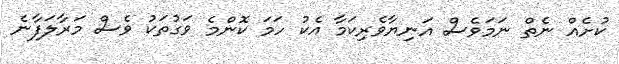
ކުށެއް ނެތް ނަމަވެސް އަނިޔާވެރިކަމާ އެކު ހަމަ ކޮންމެ ވަގުތަކު ވެސް މަރާލަފާނެ